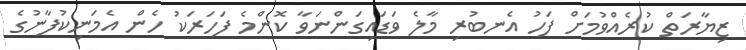
ޒިޔާރަތް ކުރެއްވުމަށް ފަހު އެނބުރި މާލެ ވަޑައިގަންނަވާ ކޮންމެ ފަހަރަކު ހެން އެމަނިކުފާނުގެ